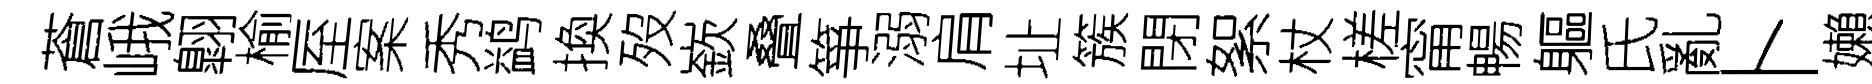
蒼峨翺榆厔案秀鹢換歿嶔叠箏溺肩址簇閉絮杖槎甯暢軀氏亂卜嬾